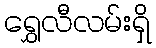
ရွှေလီလမ်းရှိ